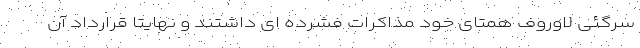
سرگئی لاوروف همتای خود مذاکرات فشرده ای داشتند و نهایتا قرارداد آن